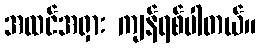
အထင်အရှား ကျန်ရစ်ပါတယ်။